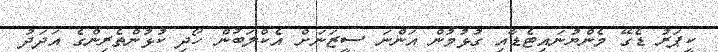
ކީޕަރު ޑެގޭ މެންޔުނައިޓެޑާއި ގުޅުމުން އަންނަ ސީޒަނަށް އެކްލަބުން ހޯދި ކުޅުންތެރިންގެ އަދަދު